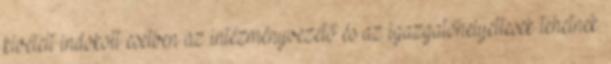
kivételt indokolt esetben az intézményvezető és az igazgatóhelyettesek tehetnek.